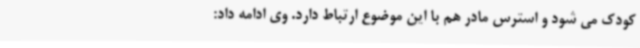
کودک می شود و استرس مادر هم با این موضوع ارتباط دارد. وی ادامه داد: